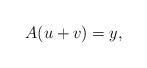
LaTeX: \begin{align*}A (u+v) = y,\end{align*}